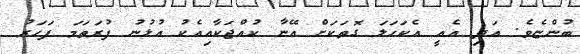
ބުންޏެވެ. އަދި އެއީ އެކަހަލަ ގޮތަކަށް އޭނާ ކުއްޖަކާއިއެކު އުޅުނު ފުރަތަމަ ފަހަރު